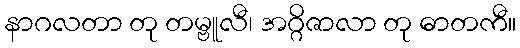
နာဂလတာ တု တမ္ဗူလီ၊ အဂ္ဂိဇာလာ တု ဓာတကီ။